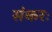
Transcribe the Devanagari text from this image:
संकरः